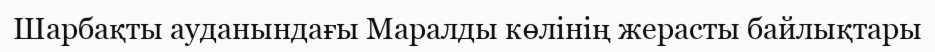
Шарбақты ауданындағы Маралды көлінің жерасты байлықтары